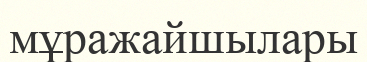
мұражайшылары